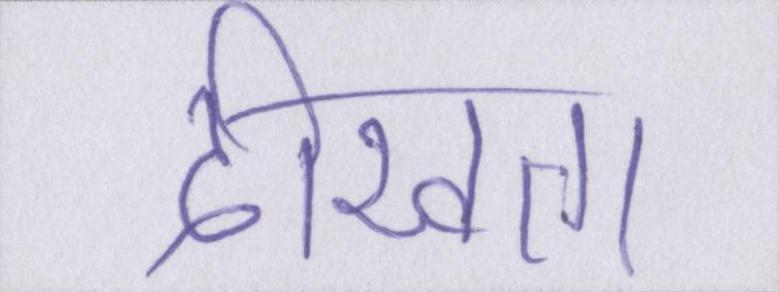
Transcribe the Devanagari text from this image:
दीखता